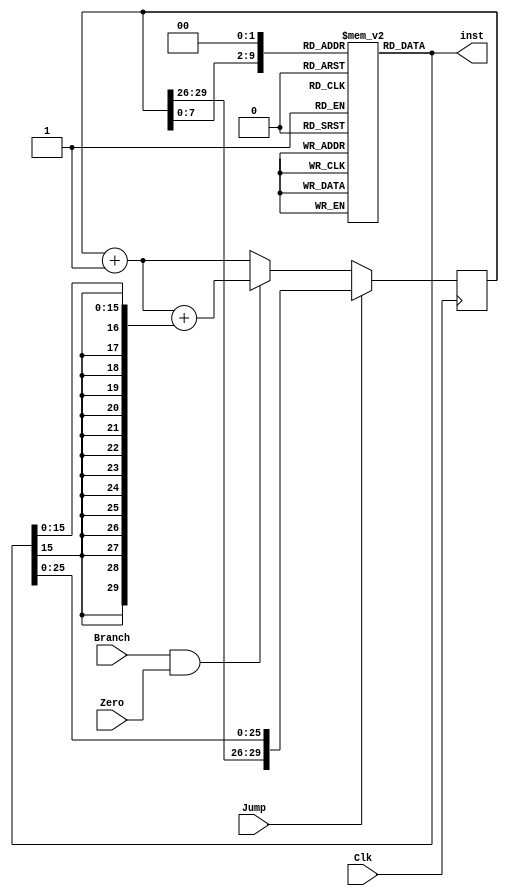
module fetchins(Clk, Zero, Branch, Jump, inst);
//  =  + PC + 
// ClkZeroBranchJump
// instPC+1

	input wire Clk, Zero, Branch, Jump;

	output reg [31:0] inst;

	reg [15:0] imm16;
	reg [29:0] next_addr;
	reg [29:0] pc = 30'h0;
	reg [31:0] addr;
	reg [25:0] target;
	reg [31:0] inst_mem [1023:0];
		
	initial begin  //
			inst_mem[0] <= {6'b000000, 5'b00001, 5'b00010, 5'b00011, 5'b00000, 6'b100000};
			//add $3, $1, $2 00221820
			
			inst_mem[4] <= {6'b000000, 5'b00011, 5'b00001, 5'b00100, 5'b00000, 6'b100010};
			//sub 4,3,1   00612022
			
			inst_mem[8] <= {6'b000000,5'b00001,5'b00010,5'b00011,5'b00000,6'b101010};
			//slt 3,1,2   0022182a
			
			inst_mem[12] <={6'b000100,5'b00001,5'b00010,5'b00000,5'b00000,6'b000001};
			//beq 1,2, 1  10220001
			
			inst_mem[16]<={6'b100011,5'b00001,5'b00100,5'b00000,5'b00000,6'b000101};
			//lw $4,$1,5  8c240005
			
			inst_mem[20]<=32'b00000000100000110011000000100010;//00833022  
			//regs[0]=32'h00000000;
			//regs[1]=32'h00000012;//18
			//regs[2]=32'h00000024;//36
			//regs[3]=32'h00000102;//258
			//regs[4]=32'h00000063;//99
			//for(i=5;i<32;i=i+1)
				//regs[i]=32'h0;
			//end
	end


	always @(*) begin
		addr = {pc[29:0], 2'b00};
		inst = inst_mem[addr];
		imm16 = inst[15:0];
		target = inst[25:0];
			
		if (Jump)                                       // 
			next_addr = {pc[29:26], target};
		else if (Branch & Zero)                         // 
			next_addr = pc + 1 + {{14{imm16[15]}}, imm16};
		else                                            // 
			next_addr= pc+ 1;
	end


	always @(negedge Clk) begin //  PC
		pc <= next_addr;
	end

endmodule